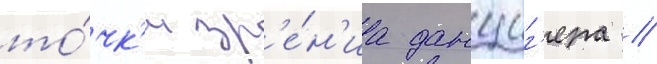
то́чк'и зр'е́н'иа данциг'ера /